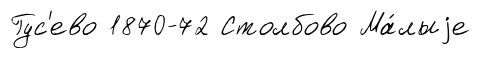
Гус'ево 1870-72 Столбово Ма́лыjе